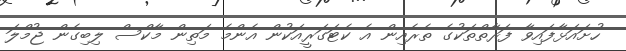
ހުށައަޅާފައިވާ ފަރާތްތަކުގެ ތެރެއިން އެ ކެޓަގަރީއަކުން އެންމެ މަތިން މާކްސް ލިބިގެން ޖުމްލަ